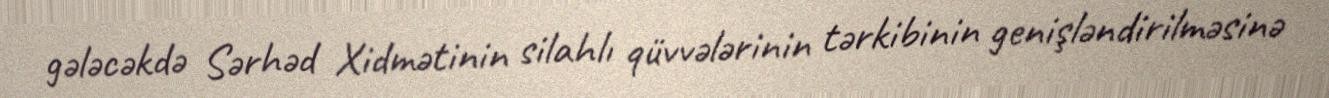
gələcəkdə Sərhəd Xidmətinin silahlı qüvvələrinin tərkibinin genişləndirilməsinə